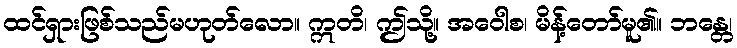
ထင်ရှားဖြစ်သည်မဟုတ်လော။ ဣတိ၊ ဤသို့။ အဝေါစ၊ မိန့်တော်မူ၏။ ဘန္တေ၊